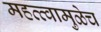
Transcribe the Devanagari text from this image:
महत्त्वामुळेच